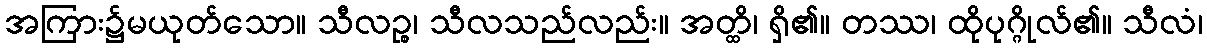
အကြား၌မယုတ်သော။ သီလဉ္စ၊ သီလသည်လည်း။ အတ္ထိ၊ ရှိ၏။ တဿ၊ ထိုပုဂ္ဂိုလ်၏။ သီလံ၊